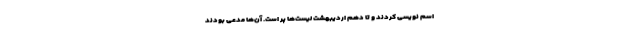
اسم نویسی کردند و تا دهم اردیبهشت لیست‌ها پر است. آن‌ها مدعی بودند